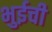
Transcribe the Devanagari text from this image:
भुईची